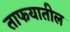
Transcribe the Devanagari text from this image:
ताफयातील